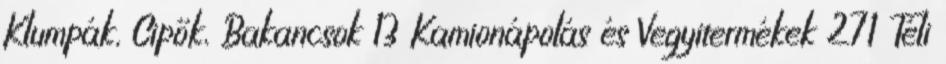
Klumpák, Cipők, Bakancsok 13 Kamionápolás és Vegyitermékek 271 Téli